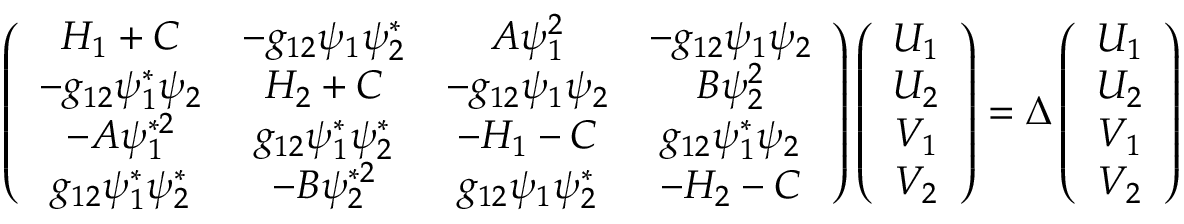
\begin{array} { r } { \left( \begin{array} { c c c c } { H _ { 1 } + C } & { - g _ { 1 2 } \psi _ { 1 } \psi _ { 2 } ^ { * } } & { A \psi _ { 1 } ^ { 2 } } & { - g _ { 1 2 } \psi _ { 1 } \psi _ { 2 } } \\ { - g _ { 1 2 } \psi _ { 1 } ^ { * } \psi _ { 2 } } & { H _ { 2 } + C } & { - g _ { 1 2 } \psi _ { 1 } \psi _ { 2 } } & { B \psi _ { 2 } ^ { 2 } } \\ { - A \psi _ { 1 } ^ { * 2 } } & { g _ { 1 2 } \psi _ { 1 } ^ { * } \psi _ { 2 } ^ { * } } & { - H _ { 1 } - C } & { g _ { 1 2 } \psi _ { 1 } ^ { * } \psi _ { 2 } } \\ { g _ { 1 2 } \psi _ { 1 } ^ { * } \psi _ { 2 } ^ { * } } & { - B \psi _ { 2 } ^ { * 2 } } & { g _ { 1 2 } \psi _ { 1 } \psi _ { 2 } ^ { * } } & { - H _ { 2 } - C } \end{array} \right) \left( \begin{array} { c } { U _ { 1 } } \\ { U _ { 2 } } \\ { V _ { 1 } } \\ { V _ { 2 } } \end{array} \right) = \Delta \left( \begin{array} { c } { U _ { 1 } } \\ { U _ { 2 } } \\ { V _ { 1 } } \\ { V _ { 2 } } \end{array} \right) } \end{array}